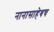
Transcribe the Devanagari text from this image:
नानासाहेबच